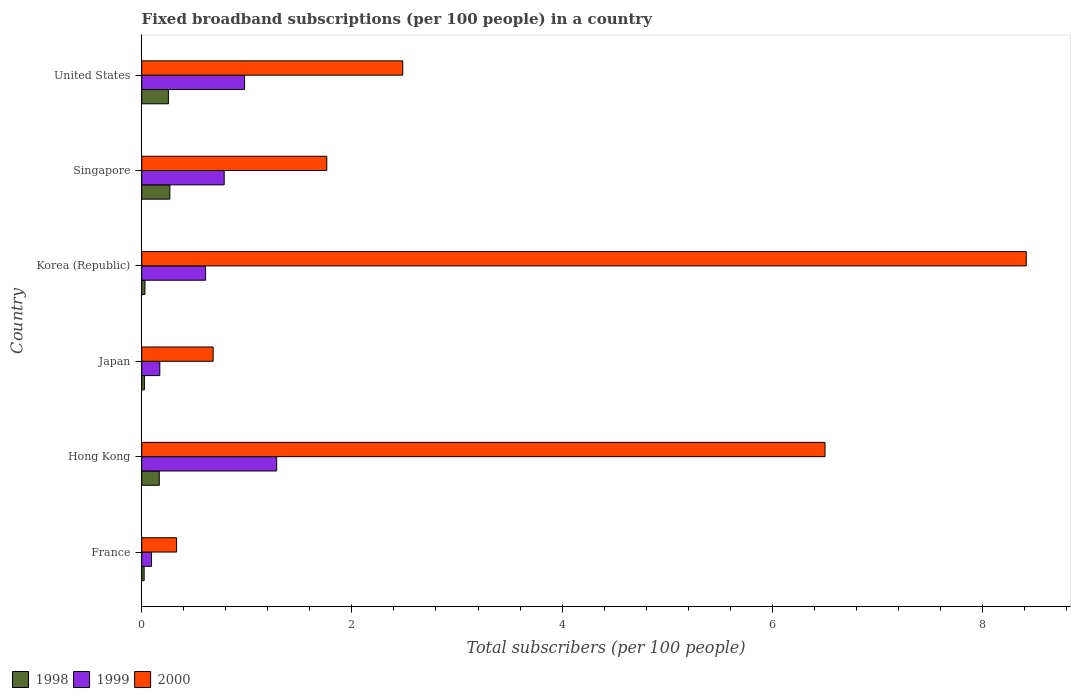
| Country | 1998 | 1999 | 2000 |
 | --- | --- | --- | --- |
 | France | 0.023 | 0.0934 | 0.332 |
 | Hong Kong | 0.167 | 1.28 | 6.5 |
 | Japan | 0.0255 | 0.172 | 0.68 |
 | Korea (Republic) | 0.0308 | 0.608 | 8.42 |
 | Singapore | 0.268 | 0.785 | 1.76 |
 | United States | 0.254 | 0.979 | 2.48 |